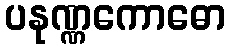
ပနုဏ္ဏကောဓော